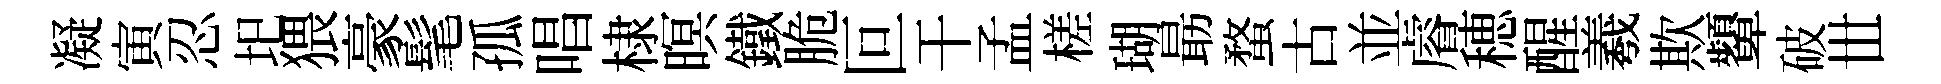
凝寅忍圯猥豪髦孤唱棣暝鐵脆叵干孟槎瑚朂蝥古並𥈠穂醒羲欺顰破𠀍